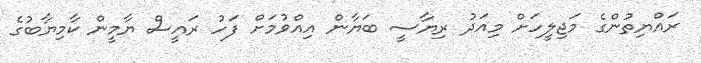
ރައްޔިތުންގެ މަޖިލީހަށް މިއަދު ރިޔާސީ ބަޔާން އިއްވުމަށް ފަހު ރައީސް ޔާމީން ކާމިޔާބުގެ